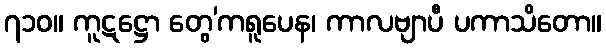
၇၁၀။ ကူဋဋ္ဌော တွေ’ကရူပေန၊ ကာလဗျာပီ ပကာသိတော။